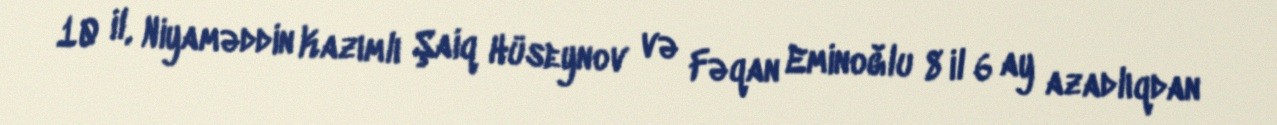
10 il, Niyaməddin Kazımlı Şaiq Hüseynov və Fəqan Eminoğlu 8 il 6 ay azadlıqdan